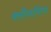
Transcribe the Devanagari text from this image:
क्लैनबिच